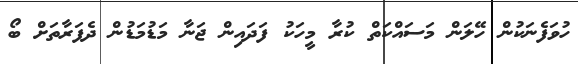
ހުވަފެނަކުން ހޭލަން މަސައްކަތް ކުރާ މީހަކު ފަދައިން ޖަނާ މަޑުމަޑުން ދެފަރާތަށް ބޯ